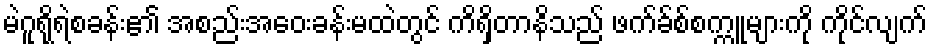
မဲဂူရိုရဲစခန်း၏ အစည်းအဝေးခန်းမထဲတွင် ကိရှိတာနိသည် ဖက်ခ်စ်စက္ကူများကို ကိုင်လျက်